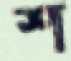
শ